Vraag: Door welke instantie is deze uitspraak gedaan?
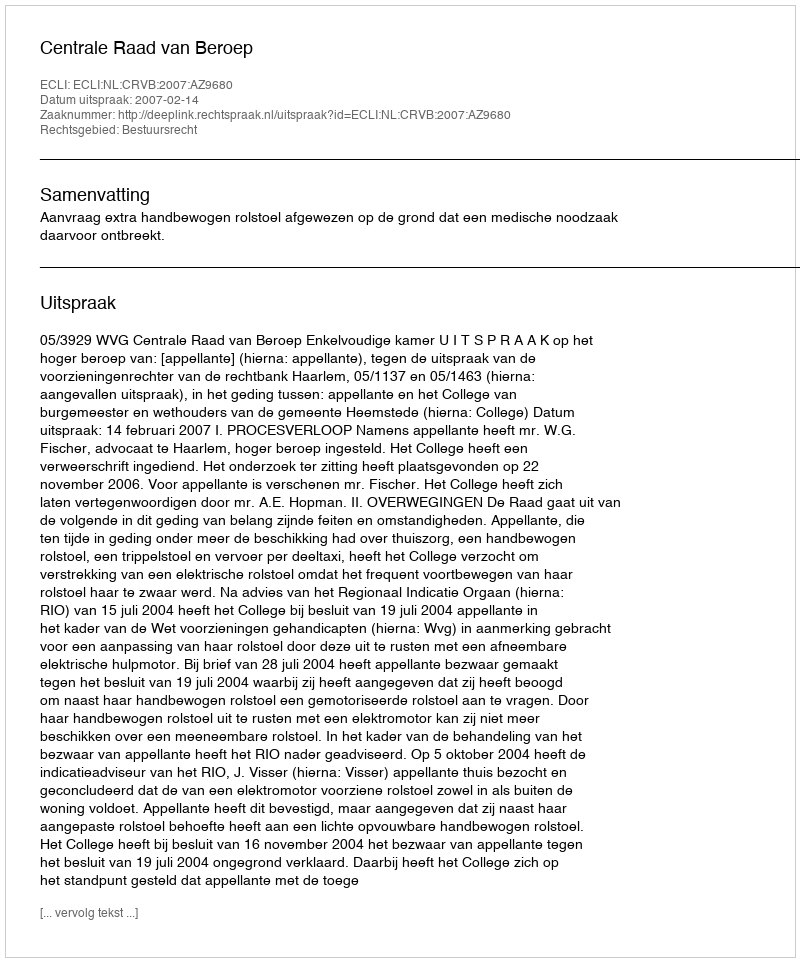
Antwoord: Centrale Raad van Beroep